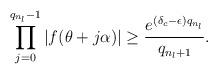
LaTeX: \begin{align*}\prod_{j=0}^{q_{n_l}-1} |f(\theta+j\alpha)| \geq \frac{e^{(\delta_c-\epsilon)q_{n_l}}}{q_{n_l+1}}.\end{align*}